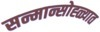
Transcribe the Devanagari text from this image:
सन्मान्सोह्ळ्यात